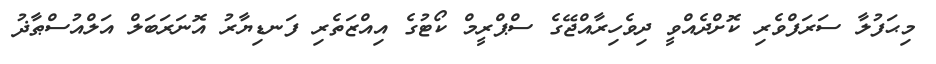
މިޙަފުލާ ސަރަފްވެރި ކޮށްދެއްވީ ދިވެހިރާއްޖޭގެ ސްޕްރީމް ކޯޓުގެ އިއްޒަތެރި ފަނޑިޔާރު އޮނަރަބަލް އަލްއުސްޠާޛު